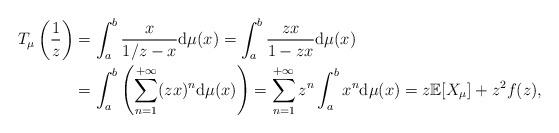
LaTeX: \begin{align*} T_{\mu}\left ( \frac{1}{z} \right ) & = \int_a^b \frac{x}{1/z-x} \mathrm{d}\mu(x) = \int_a^b \frac{zx}{1-zx}\mathrm{d}\mu(x)\\& = \int_a^b \left ( \sum_{n=1}^{+\infty} (zx)^n \mathrm{d}\mu(x)\right ) = \sum_{n=1}^{+\infty} z^n \int_a^b x^n \mathrm{d}\mu(x) = z \mathbb{E}[X_\mu] + z^2 f(z), \end{align*}